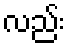
လည်း